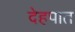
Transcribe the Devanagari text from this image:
देहपात